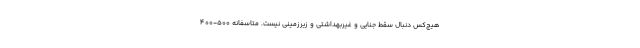
هیچ‌کس دنبال سقط جنایی و غیربهداشتی و زیرزمینی نیست. متاسفانه ۵۰۰-۴۰۰